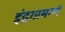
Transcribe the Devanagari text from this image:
इंद्राप्रमाणे